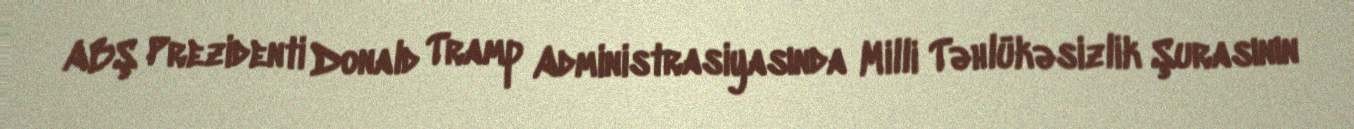
ABŞ Prezidenti Donald Tramp Administrasiyasında Milli Təhlükəsizlik Şurasının